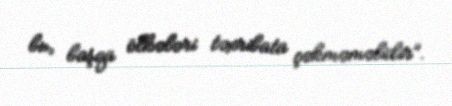
bu, başqa ölkələri təxribata çəkməməlidir”.